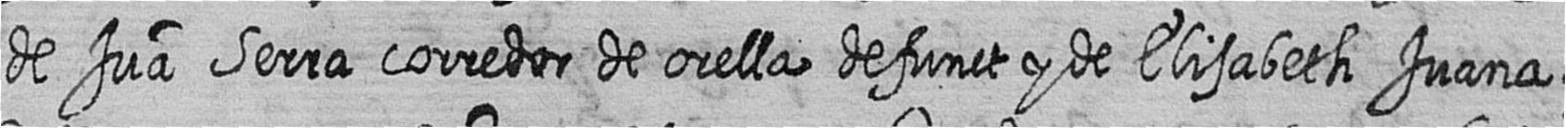
de Jua Serra corredor de orella defunct y de Elisabeth Juana